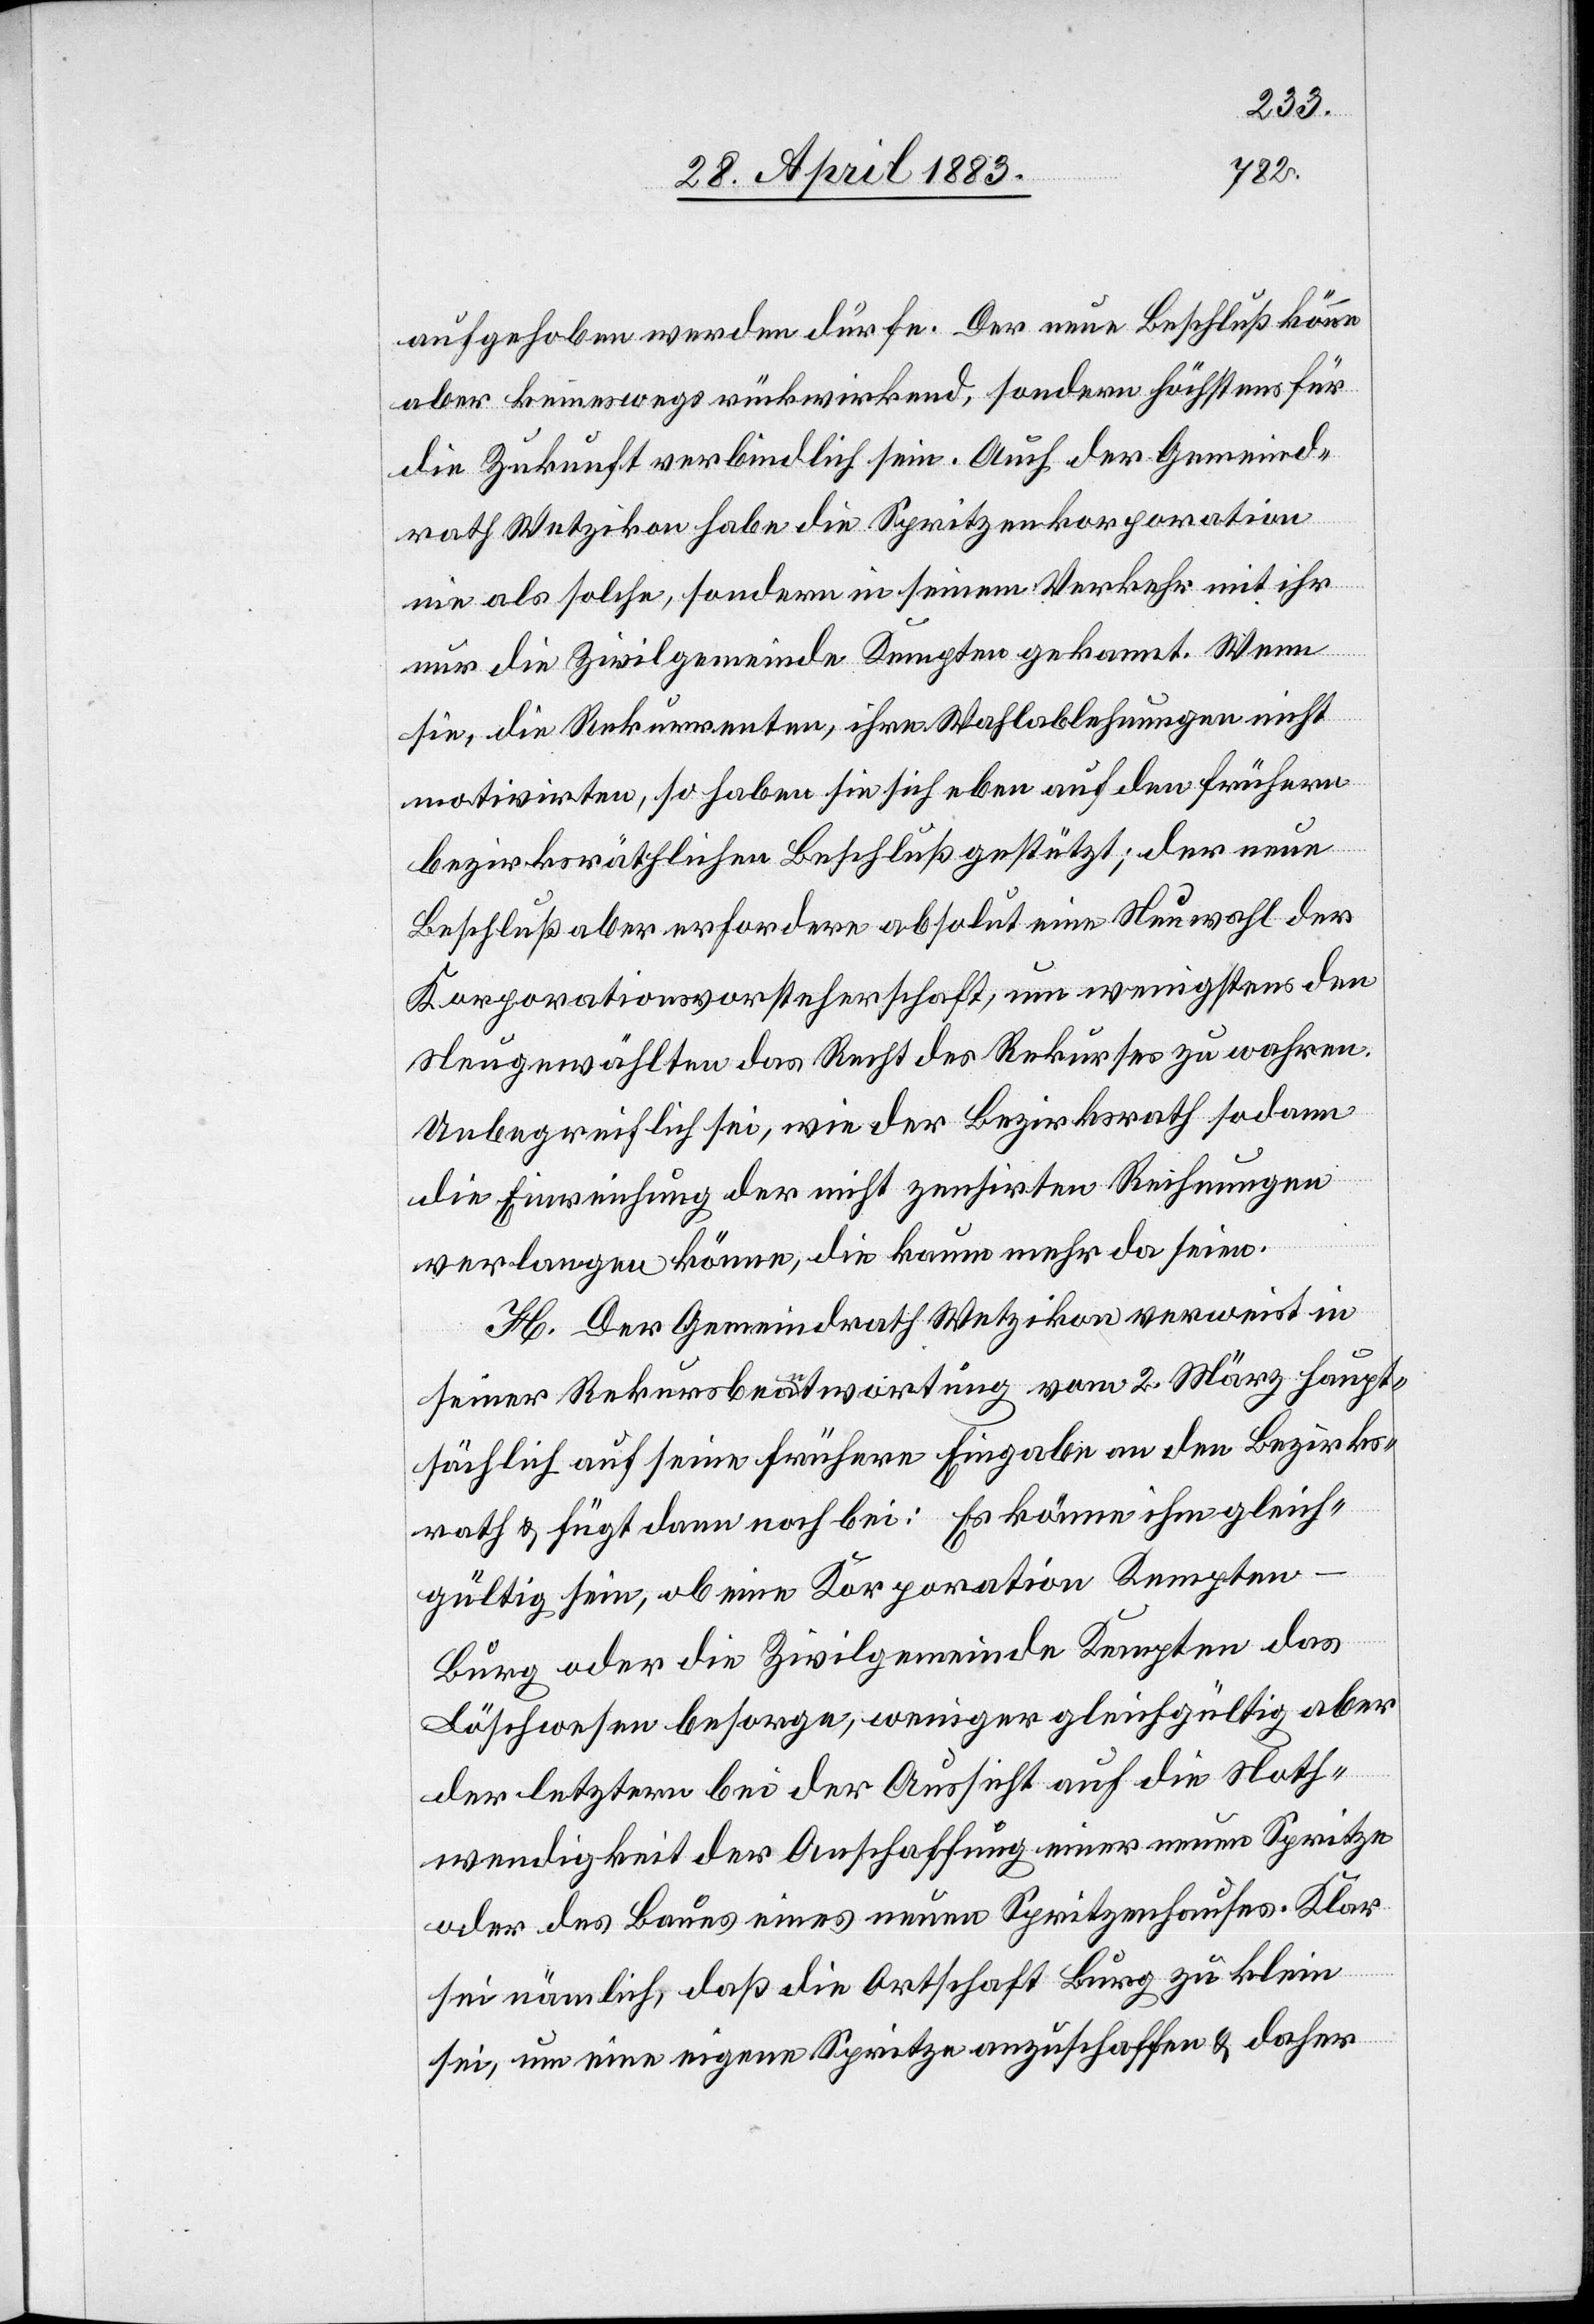
aufgehoben werden dürfe. Der neue Beschluß könne
aber keineswegs rückwirkend, sondern höchstens für
die Zukunft verbindlich sein. Auch der Gemeind¬
rath Wetzikon habe die Spritzenkorporation
nie als solche, sondern in seinem Verkehr mit ihr
nur die Zivilgemeinde Kempten gekannt. Wenn
sie, die Rekurrenten, ihre Wahlablehnungen nicht
motivirten, so haben sie sich eben auf den frühern
bezirksräthlichen Beschluß gestützt; der neue
Beschluß aber erfordere absolut eine Neuwahl der
Korporationsvorsteherschaft, um wenigstens den
Neugewählten das Recht des Rekurses zu wahren.
Unbegreiflich sei, wie der Bezirksrath sodann
die Einweihung der nicht zensirten Reihungen
verlangen könne, die kaum mehr da seien.
H. Der Gemeindrath Wetzikon verweist in
seiner Rekursbeantwortung vom 2. März haupt¬
sächlich auf seine frühere Eingabe an den Bezirks¬
rath & fügt dann noch bei: Es könne ihm gleich¬
gültig sein, ob eine Korporation Kempte¬
n-Burg oder die Zivilgemeinde Kempten das
Löschwesen besorge, weniger gleichgültig aber
der letztern bei der Aussicht auch die Noth¬
wendigkeit der Anschaffung einer neuen Spritze
oder des Baues eines neuen Spritzenhauses. Klar
sei nämlich, daß die Ortschaft Burg zu klein
sei, um eine eigene Spritze anzuschaffen & daher